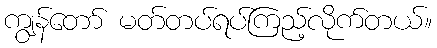
ကျွန်တော် မတ်တပ်ရပ်ကြည့်လိုက်တယ်။